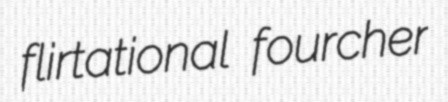
flirtational fourcher